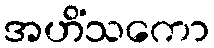
အဟိံသကော